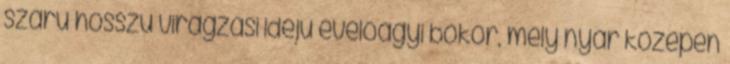
szárú hosszú virágzási idejű évelőágyi bokor, mely nyár közepén